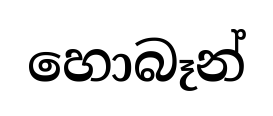
හොබෑන්